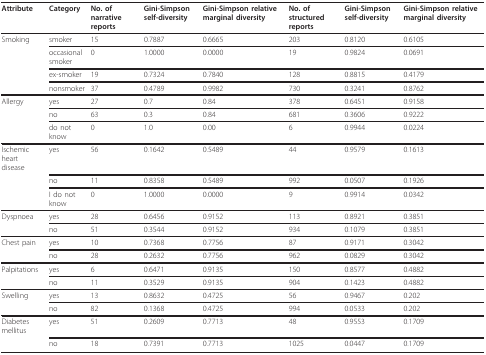
<table><thead><tr><td><b>Attribute</b></td><td><b>Category</b></td><td><b>No. of narrative reports</b></td><td><b>Gini-Simpson self-diversity</b></td><td><b>Gini-Simpson relative marginal diversity</b></td><td><b>No. of structured reports</b></td><td><b>Gini-Simpson self-diversity</b></td><td><b>Gini-Simpson relative marginal diversity</b></td></tr></thead><tbody><tr><td>Smoking</td><td>smoker</td><td>15</td><td>0.7887</td><td>0.6665</td><td>203</td><td>0.8120</td><td>0.6105</td></tr><tr><td></td><td>occasional smoker</td><td>0</td><td>1.0000</td><td>0.0000</td><td>19</td><td>0.9824</td><td>0.0691</td></tr><tr><td></td><td>ex-smoker</td><td>19</td><td>0.7324</td><td>0.7840</td><td>128</td><td>0.8815</td><td>0.4179</td></tr><tr><td></td><td>nonsmoker</td><td>37</td><td>0.4789</td><td>0.9982</td><td>730</td><td>0.3241</td><td>0.8762</td></tr><tr><td>Allergy</td><td>yes</td><td>27</td><td>0.7</td><td>0.84</td><td>378</td><td>0.6451</td><td>0.9158</td></tr><tr><td></td><td>no</td><td>63</td><td>0.3</td><td>0.84</td><td>681</td><td>0.3606</td><td>0.9222</td></tr><tr><td></td><td>do not know</td><td>0</td><td>1.0</td><td>0.00</td><td>6</td><td>0.9944</td><td>0.0224</td></tr><tr><td>Ischemic heart disease</td><td>yes</td><td>56</td><td>0.1642</td><td>0.5489</td><td>44</td><td>0.9579</td><td>0.1613</td></tr><tr><td></td><td>no</td><td>11</td><td>0.8358</td><td>0.5489</td><td>992</td><td>0.0507</td><td>0.1926</td></tr><tr><td></td><td>I do not know</td><td>0</td><td>1.0000</td><td>0.0000</td><td>9</td><td>0.9914</td><td>0.0342</td></tr><tr><td>Dyspnoea</td><td>yes</td><td>28</td><td>0.6456</td><td>0.9152</td><td>113</td><td>0.8921</td><td>0.3851</td></tr><tr><td></td><td>no</td><td>51</td><td>0.3544</td><td>0.9152</td><td>934</td><td>0.1079</td><td>0.3851</td></tr><tr><td>Chest pain</td><td>yes</td><td>10</td><td>0.7368</td><td>0.7756</td><td>87</td><td>0.9171</td><td>0.3042</td></tr><tr><td></td><td>no</td><td>28</td><td>0.2632</td><td>0.7756</td><td>962</td><td>0.0829</td><td>0.3042</td></tr><tr><td>Palpitations</td><td>yes</td><td>6</td><td>0.6471</td><td>0.9135</td><td>150</td><td>0.8577</td><td>0.4882</td></tr><tr><td></td><td>no</td><td>11</td><td>0.3529</td><td>0.9135</td><td>904</td><td>0.1423</td><td>0.4882</td></tr><tr><td>Swelling</td><td>yes</td><td>13</td><td>0.8632</td><td>0.4725</td><td>56</td><td>0.9467</td><td>0.202</td></tr><tr><td></td><td>no</td><td>82</td><td>0.1368</td><td>0.4725</td><td>994</td><td>0.0533</td><td>0.202</td></tr><tr><td>Diabetes mellitus</td><td>yes</td><td>51</td><td>0.2609</td><td>0.7713</td><td>48</td><td>0.9553</td><td>0.1709</td></tr><tr><td></td><td>no</td><td>18</td><td>0.7391</td><td>0.7713</td><td>1025</td><td>0.0447</td><td>0.1709</td></tr></tbody></table>